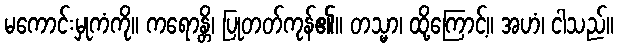
မကောင်းမှုကံကို။ ကရောန္တိ၊ ပြုတတ်ကုန်၏။ တသ္မာ၊ ထို့ကြောင့်။ အဟံ၊ ငါသည်။